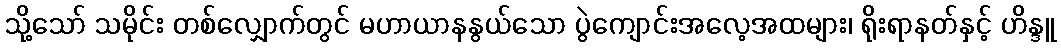
သို့သော် သမိုင်း တစ်လျှောက်တွင် မဟာယာနနွယ်သော ပွဲကျောင်းအလေ့အထများ၊ ရိုးရာနတ်နှင့် ဟိန္ဒူ